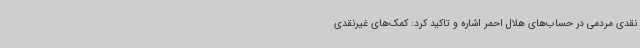
نقدی مردمی در حساب‌های هلال احمر اشاره و تاکید کرد: کمک‌های غیرنقدی